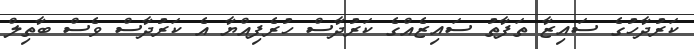
ކަރުދާހުގެ ސައިޒާ ތަފާތު ސައިޒެއްގެ ކަރުދާސް ހުރެފިއްޔާ އެ ކަރުދާސް ވެސް ބާތިލް